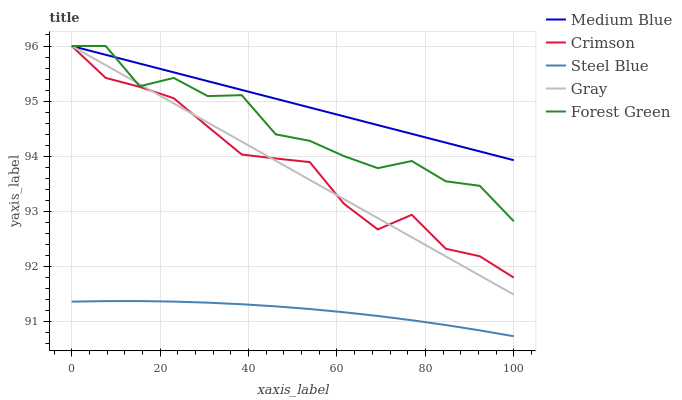
| xaxis_label | Medium Blue | Crimson | Steel Blue | Gray | Forest Green |
 | --- | --- | --- | --- | --- | --- |
 | 0 | 96 | 96 | 91.4 | 96 | 96 |
 | 7.69 | 95.8 | 95.4 | 91.4 | 95.7 | 96 |
 | 15.4 | 95.7 | 95.3 | 91.4 | 95.3 | 95.3 |
 | 23.1 | 95.5 | 95.1 | 91.4 | 95 | 95.4 |
 | 30.8 | 95.4 | 94.5 | 91.3 | 94.6 | 95.1 |
 | 38.5 | 95.2 | 94 | 91.3 | 94.3 | 95.1 |
 | 46.2 | 95 | 94 | 91.3 | 93.9 | 94.4 |
 | 53.8 | 94.9 | 93.9 | 91.2 | 93.6 | 94.3 |
 | 61.5 | 94.7 | 93.1 | 91.2 | 93.2 | 94 |
 | 69.2 | 94.6 | 92.7 | 91.1 | 92.9 | 93.8 |
 | 76.9 | 94.4 | 92.9 | 91 | 92.5 | 93.9 |
 | 84.6 | 94.2 | 92.3 | 90.9 | 92.2 | 93.5 |
 | 92.3 | 94.1 | 92.2 | 90.8 | 91.8 | 93.5 |
 | 100 | 93.9 | 91.8 | 90.7 | 91.5 | 92.8 |